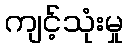
ကျင့်သုံးမှု